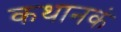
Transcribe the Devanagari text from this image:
कथानकं